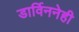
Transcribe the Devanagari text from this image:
डार्विननेही